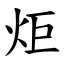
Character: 炬